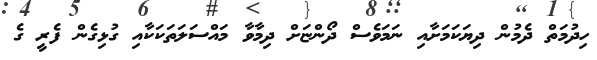
ހިދުމަތް ދެމުން ދިޔަކަމަށާއި ނަމަވެސް ދޯންޏަށް ދިމާވާ މައްސަލަތަކަކާއި ގުޅިގެން ފެރީ ގެ